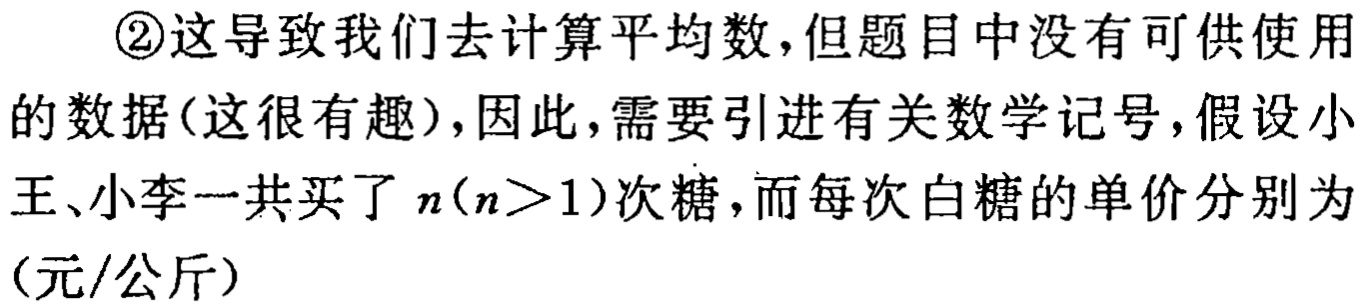
\textcircled{2}这导致我们去计算平均数,但题目中没有可供使用

的数据(这很有趣),因此,需要引进有关数学记号,假设小

王、小李一共买了\(n(n > 1)\)次糖,而每次白糖的单价分别为

(元/公斤)